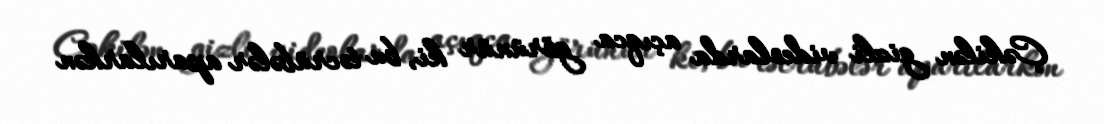
Çəkilən gizli videolarda açıqca görünür ki, bu təcrübələr aparılarkən